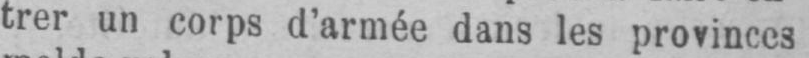
trer un corps d’armée dans les provinces